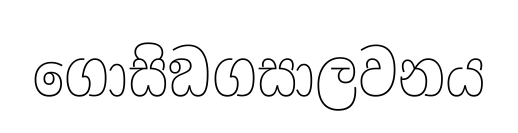
ගොසිඞගසාලවනය